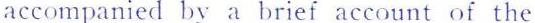
accompanied by a brief account of the